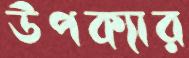
উপক্যার